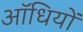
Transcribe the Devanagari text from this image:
ऑधियों